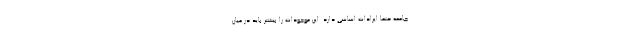
جامعه حتماً ایرادات اساسی دارد. این موجودات را بیشتر باید در میان